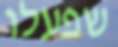
שפעלו